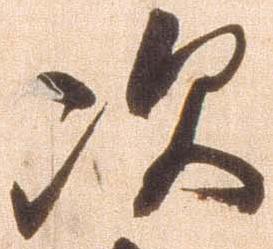
次